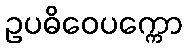
ဥပဓိဝေပက္ကော